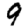
Digit: 9